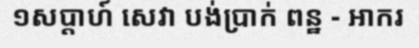
១សប្តាហ៍ សេវា បង់ប្រាក់ ពន្ឋ - អាករ